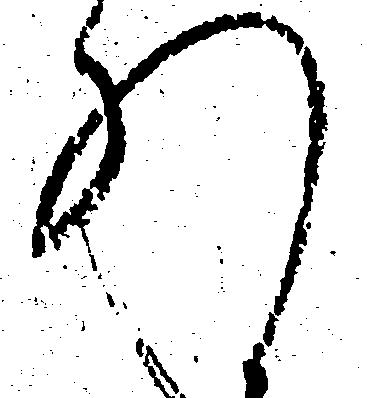
れ